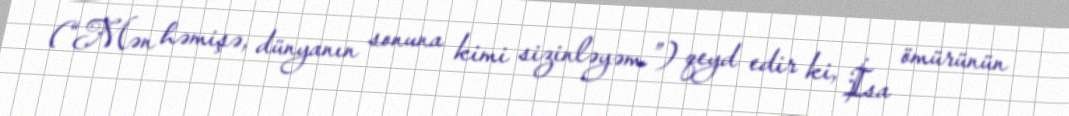
(“Mən həmişə, dünyanın sonuna kimi sizinləyəm.”) qeyd edir ki, İsa ömürünün